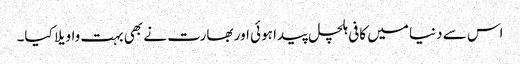
اس سے دنیا میں کافی ہلچل پیدا ہوئی اور بھارت نے بھی بہت واویلا کیا۔